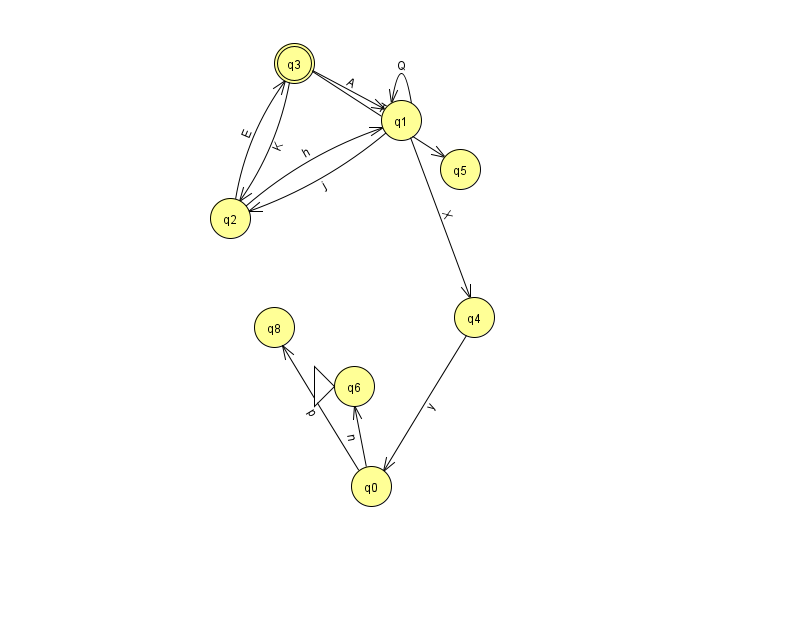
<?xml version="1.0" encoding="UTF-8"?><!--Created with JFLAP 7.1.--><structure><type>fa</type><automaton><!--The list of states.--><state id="0" name="q0"><x>371.0</x><y>473.0</y></state><state id="1" name="q1"><x>401.0</x><y>107.0</y></state><state id="2" name="q2"><x>230.0</x><y>205.0</y></state><state id="3" name="q3"><x>294.0</x><y>50.0</y><final/></state><state id="4" name="q4"><x>474.0</x><y>304.0</y></state><state id="5" name="q5"><x>460.0</x><y>156.0</y></state><state id="6" name="q6"><x>354.0</x><y>373.0</y><initial/></state><state id="8" name="q8"><x>274.0</x><y>314.0</y></state><!--The list of transitions.--><transition><from>2</from><to>1</to><read>h</read></transition><transition><from>3</from><to>1</to><read>A</read></transition><transition><from>3</from><to>5</to><read>T</read></transition><transition><from>4</from><to>0</to><read>y</read></transition><transition><from>1</from><to>1</to><read>Q</read></transition><transition><from>1</from><to>2</to><read>j</read></transition><transition><from>3</from><to>2</to><read>K</read></transition><transition><from>0</from><to>6</to><read>n</read></transition><transition><from>1</from><to>4</to><read>X</read></transition><transition><from>2</from><to>3</to><read>E</read></transition><transition><from>0</from><to>8</to><read>p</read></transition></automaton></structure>